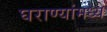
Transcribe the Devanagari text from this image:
घराण्यांमध्ये